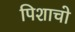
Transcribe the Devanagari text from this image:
पिशाचो